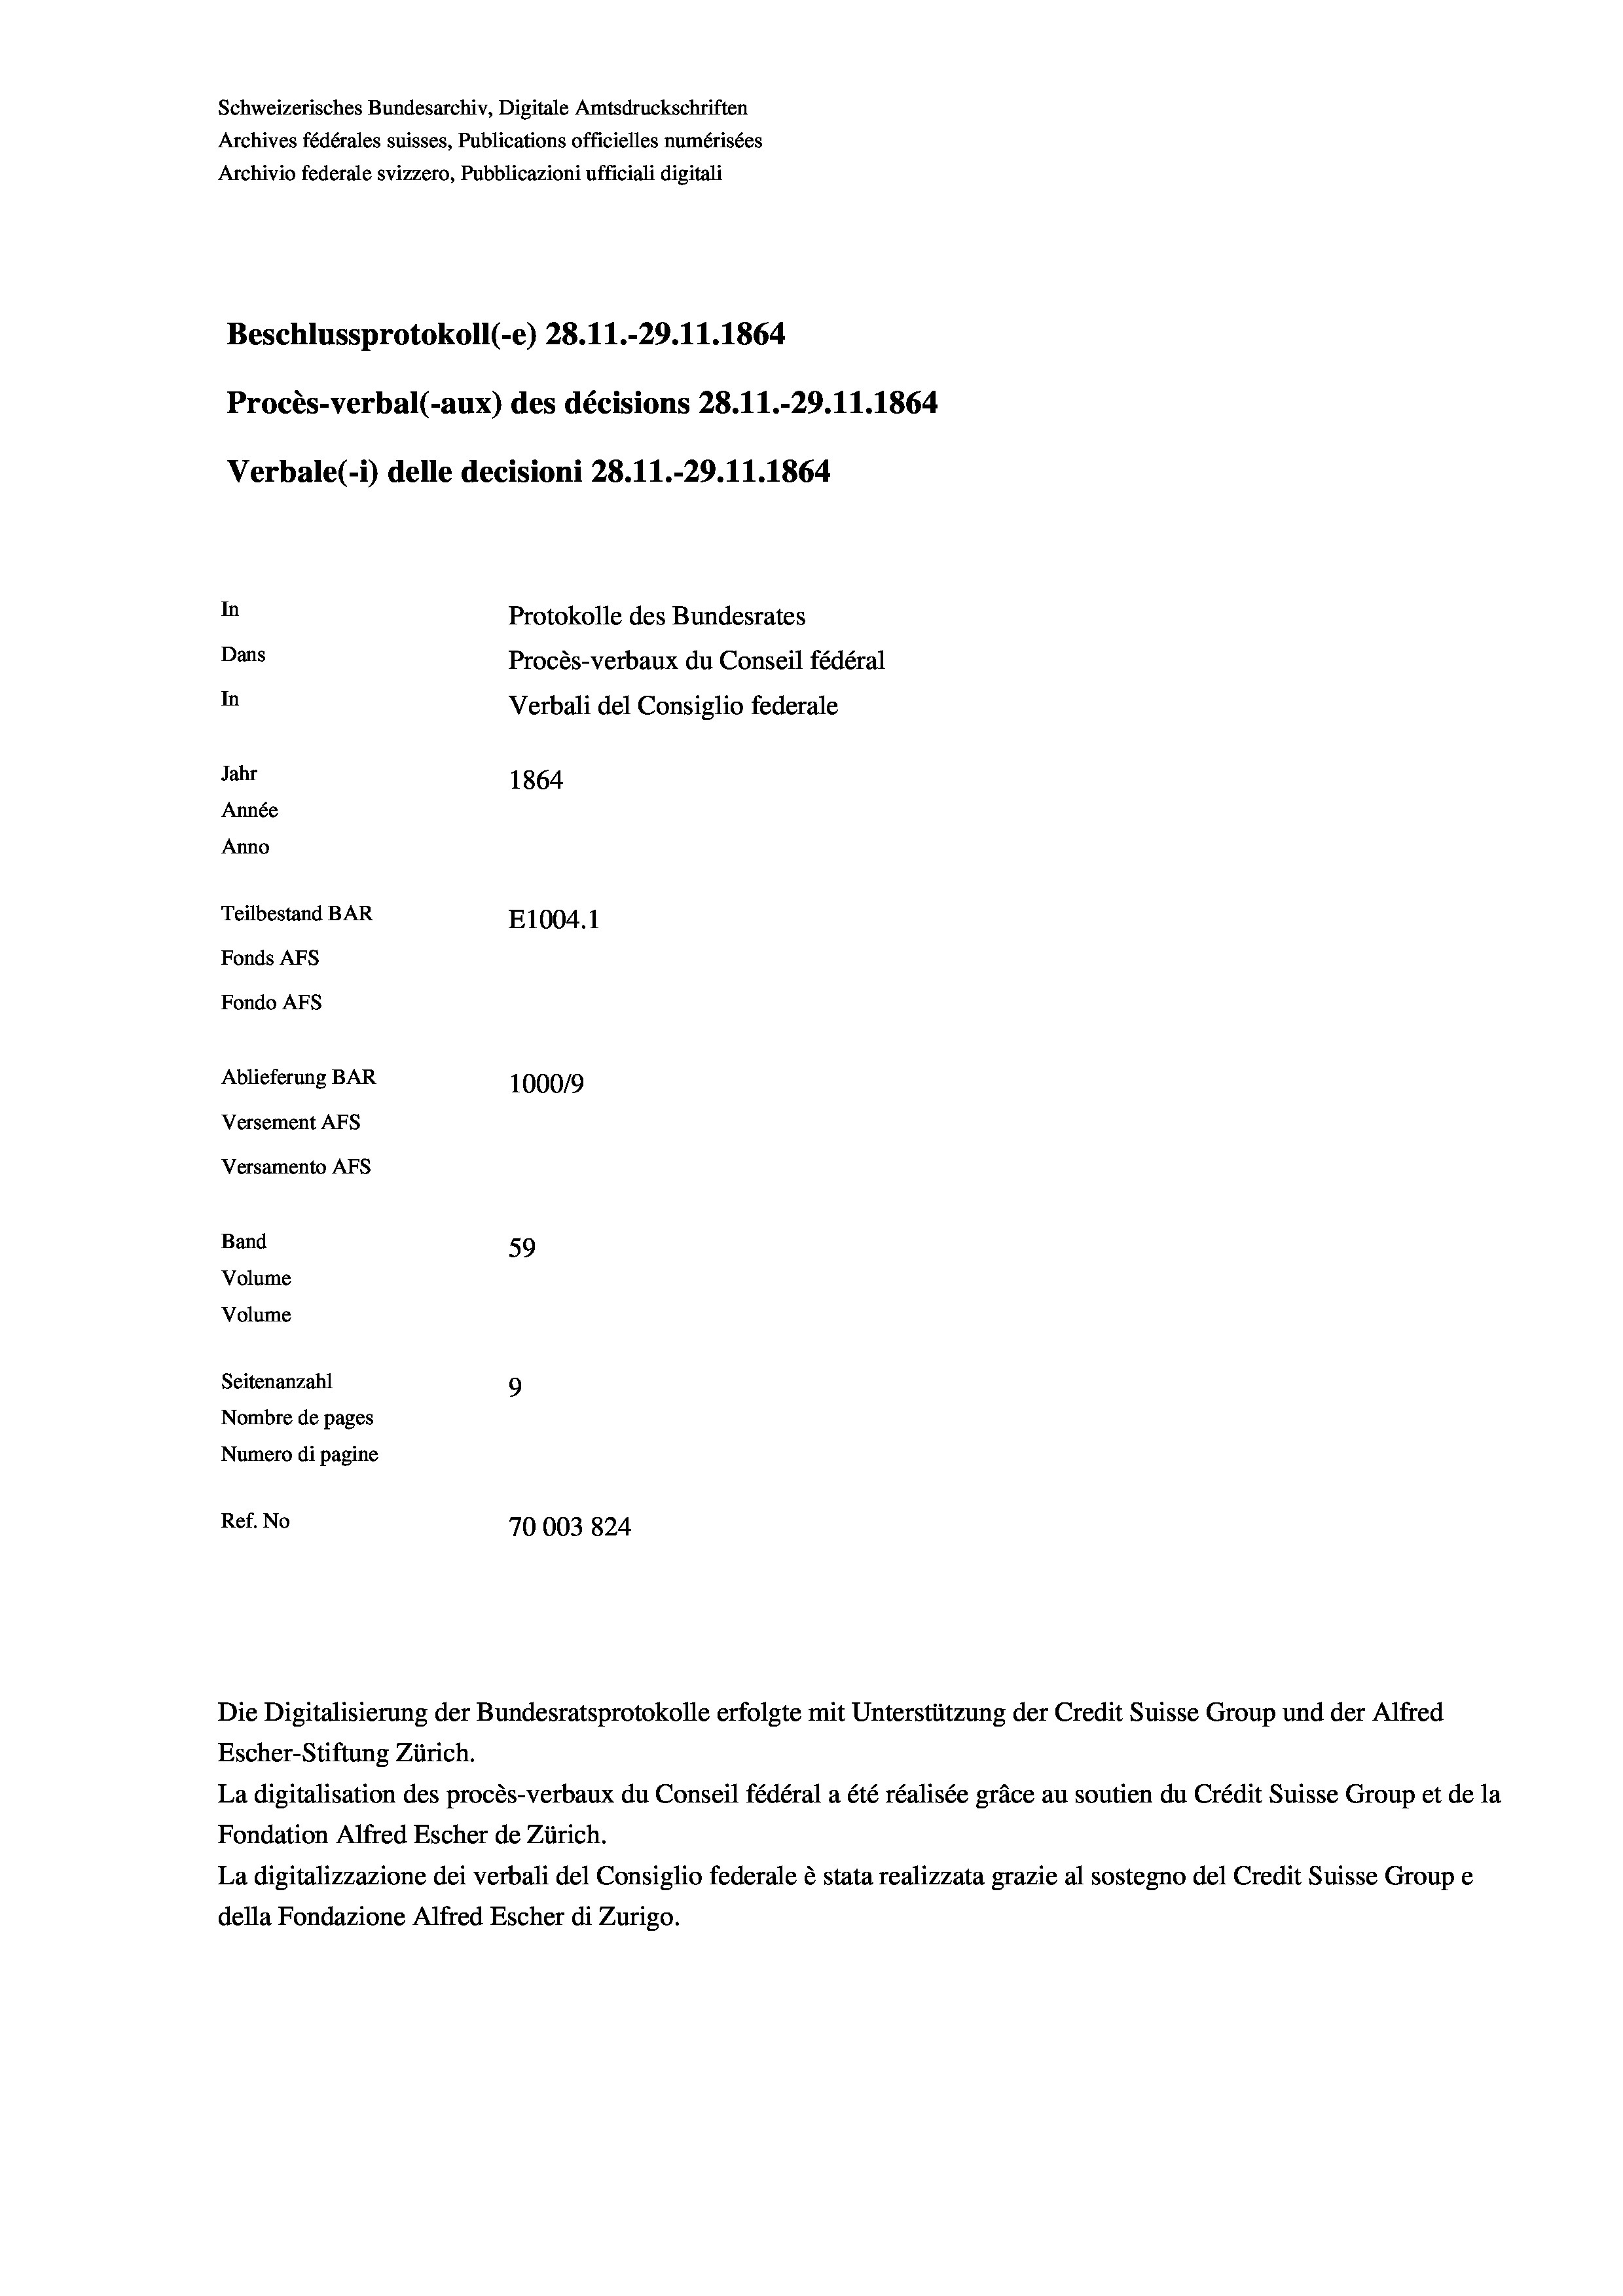
Schweizerisches Bundesarchiv, Digitale Amtsdruckschriften
Archives fédérales suisses, Publications officielles numérisées
Archivio federale svizzero, Pubblicazioni ufficiali digitali
Beschlussprotokoll (-e) 28.11.-29. 11. 1864
Procès-verbal (-aux) des décisions 28.11.-29.11.1864
Verbale(-*) delle decisioni 28. 11.-29.11.1864
In
Protokolle des Bundesrates
Dans
Procès-verbaux du Conseil fédéral
In
Verbali del Consiglio federale
Jahr
1864
Année
Anno
Teilbestand BAR
E1004.1
Fonds AFs
Fondo AFs
Ablieferung BAR
100019
Versement As
Versamento AFs
Band
59
Volume
Volume

Seitenanzahl
9
Nombre de pages
Numero di pagine
Ref. No
70003824

Escher-Stiftung Zürich.
La digitalisation des procès-verbaux du Conseil fédéral a été réalisée gräce au soutien du Crédit Suisse Group et de la
Fondation Alfred Escher de Zürich.
La digitalizzazione dei verbali del Consiglio federale è stata realizzata grazie al sostegno del Credit Suisse Groupe
della Fondazione Alfred Escher di Zurigo.

Die Digitalisierung der Bundesratsprotokolle erfolgte mit Unterstützung der Credit Suisse Group und der Alfred